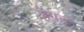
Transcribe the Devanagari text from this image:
थेंगल